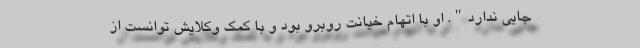
جایی ندارد". او با اتهام خیانت روبرو بود و با کمک وکلایش توانست از